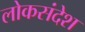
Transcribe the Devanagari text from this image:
लोकसंदेश